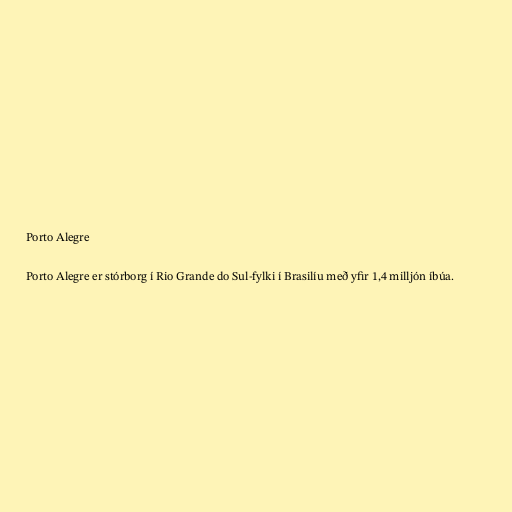
Porto Alegre

Porto Alegre er stórborg í Rio Grande do Sul-fylki í Brasilíu með yfir 1,4 milljón íbúa.